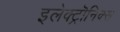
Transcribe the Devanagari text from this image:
इलेक्ट्रॊनिक्स